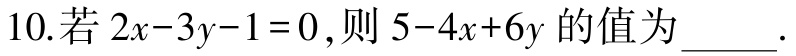
10.若\(2x - 3y - 1 = 0\)，则\(5 - 4x + 6y\)的值为_____.